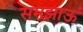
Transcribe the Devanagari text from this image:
समझाऊं